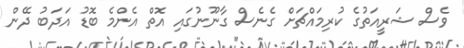
ވެސް ޝަރީއަތުގެ ކުރިމައްޗަށް ގެނެސް ގާނޫނުގައި އޮތް އެންމެ ބޮޑު އަދަބު ދޭން